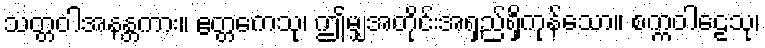
သတ္တဝါအနန္တကား။ ဧတ္တကေသု၊ ဤမျှအတိုင်းအရှည်ရှိကုန်သော။ စက္ကဝါဠေသု၊